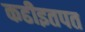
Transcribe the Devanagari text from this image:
कढीइतपत